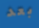
بعد